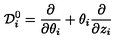
{ \cal D } _ { i } ^ { 0 } = { \frac { \partial } { \partial \theta _ { i } } } + \theta _ { i } { \frac { \partial } { \partial z _ { i } } }